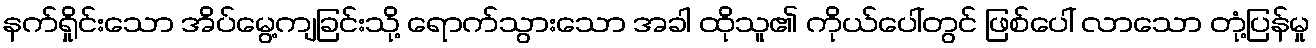
နက်ရှိုင်းသော အိပ်မွေ့ကျခြင်းသို့ ရောက်သွားသော အခါ ထိုသူ၏ ကိုယ်ပေါ်တွင် ဖြစ်ပေါ် လာသော တုံ့ပြန်မှု